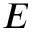
E